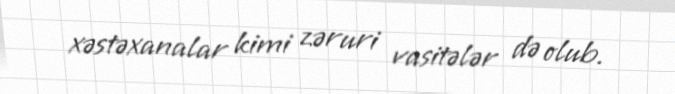
xəstəxanalar kimi zəruri vasitələr də olub.